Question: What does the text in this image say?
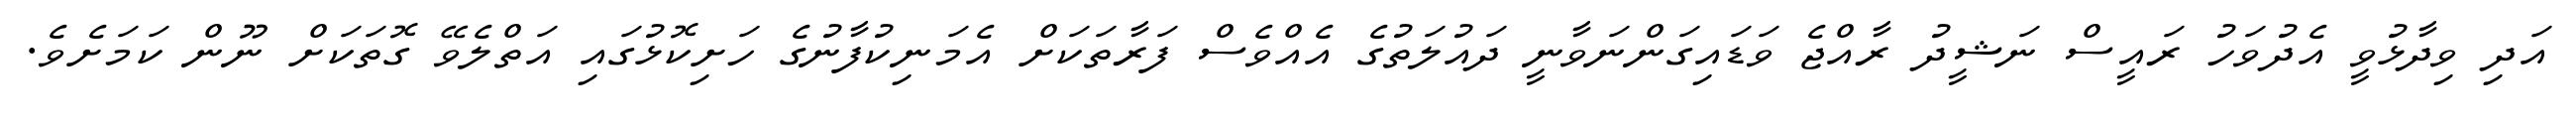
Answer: އަދި ވިދާޅުވީ އެދުވަހު ރައީސް ނަޝީދު ރާއްޖެ ވަޑައިގަންނަވާނީ ދައުލަތުގެ އެއްވެސް ފަރާތަކަށް އެމަނިކުފާނުގެ ހަށިކޮޅުގައި އަތްލެވޭ ގޮތަކަށް ނޫން ކަމަށެވެ.